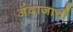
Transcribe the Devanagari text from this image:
अंदाजाची